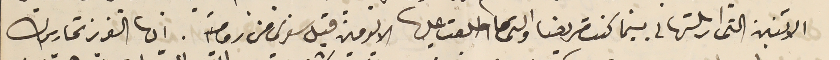
الاثنين التى ارسلتها لى بينما كنت مريضا والتى ما اطلعت عليها الا يومين قبل سَفرى من رومية. ايها العزيز تحاريرك